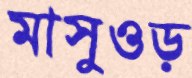
মাসুওড়